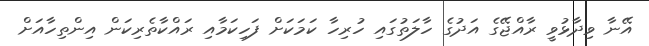
އޭނާ ވިދާޅުވީ ރާއްޖޭގެ އަދުގެ ހާލަތުގައި ހުރިހާ ކަމަކަށް ފަހިކަމާއި ރައްކާތެރިކަން އިންތިހާއަށް